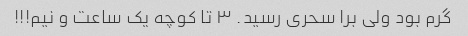
گرم بود ولی برا سحری رسید. ۳ تا کوچه یک ساعت و نیم!!!